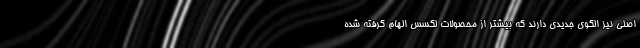
اصلی نیز الگوی جدیدی دارند که بیشتر از محصولات لکسس الهام گرفته شده